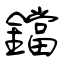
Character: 鐺